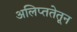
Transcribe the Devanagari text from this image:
अलिप्ततेतून